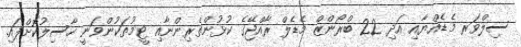
ސިލްވަރ މެޑެއްޔާއި އަދި 22 ބްރޯންޒް މެޑެލް ރާއްޖޭގެ ކުޅުންތެރިންނާއި ޓީމުތަކުންވަނީ ހާސިލުކޮށްފައި.